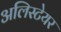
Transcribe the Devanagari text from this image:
अलिस्टेयर